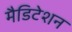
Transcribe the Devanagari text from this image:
मैडिटेशन